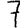
Digit: 7